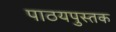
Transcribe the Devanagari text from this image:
पाठयपुस्तक